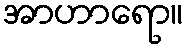
အာဟာရော။